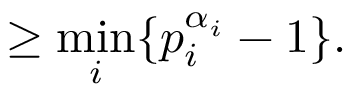
\geq { \underset { i } { \min } } \{ p _ { i } ^ { \alpha _ { i } } - 1 \} .